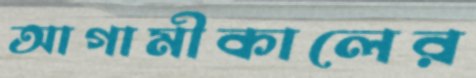
আগামীকালের